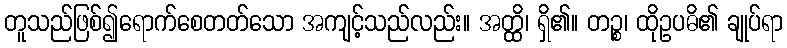
တူသည်ဖြစ်၍ရောက်စေတတ်သော အကျင့်သည်လည်း။ အတ္ထိ၊ ရှိ၏။ တဉ္စ၊ ထိုဥပဓိ၏ ချုပ်ရာ